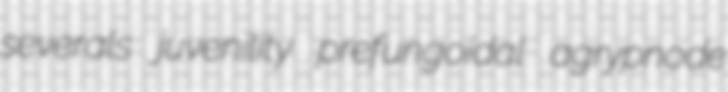
severals juvenility prefungoidal agrypnode